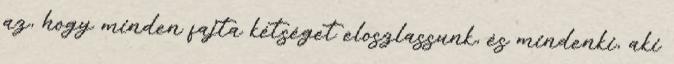
az, hogy minden fajta kétséget eloszlassunk, és mindenki, aki